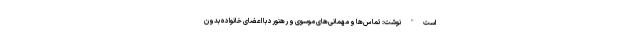
است" نوشت: تماس‌ها و مهمانی‌های موسوی و رهنورد با اعضای خانواده بدون